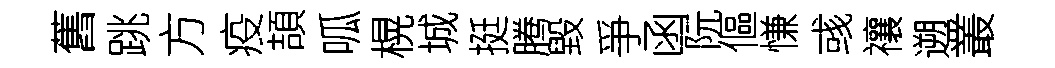
舊跳方疫頡呱榥城挺腾毀爭函阮傴慊彧禳遡叢